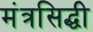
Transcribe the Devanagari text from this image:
मंत्रसिद्धी